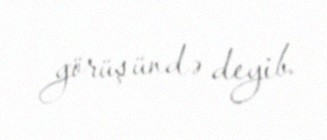
görüşündə deyib.